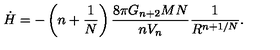
\dot { H } = - \left( n + \frac { 1 } { N } \right) \frac { 8 \pi G _ { n + 2 } M N } { n V _ { n } } \frac { 1 } { R ^ { n + 1 / N } } .